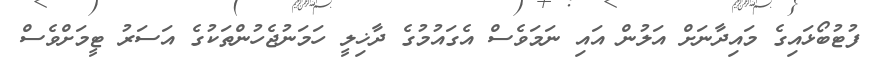
ފުޓުބޯޅައިގެ މައިދާނަށް އަލުން އައި ނަމަވެސް އެގައުމުގެ ދާޚިލީ ހަމަނުޖެހުންތަކުގެ އަސަރު ޓީމަށްވެސް